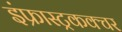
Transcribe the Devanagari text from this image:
इंफ्रास्ट्रकक्चर